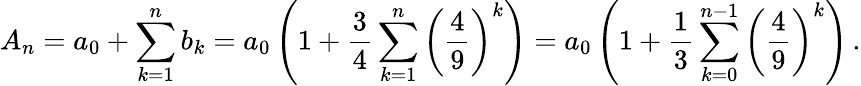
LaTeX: A_{n}=a_{0}+\sum_{k=1}^{n}b_{k}=a_{0}\left(1+{\frac{3}{4}}\sum_{k=1}^{n}\left({\frac{4}{9}}\right)^{k}\right)=a_{0}\left(1+{\frac{1}{3}}\sum_{k=0}^{n-1}\left({\frac{4}{9}}\right)^{k}\right)\, .